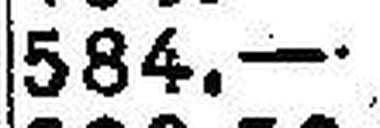
584.—